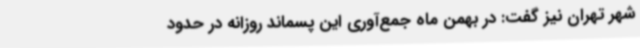
شهر تهران نیز گفت: در بهمن ماه جمع‌آوری این پسماند روزانه در حدود